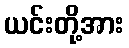
ယင်းတို့အား